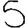
Digit: 5